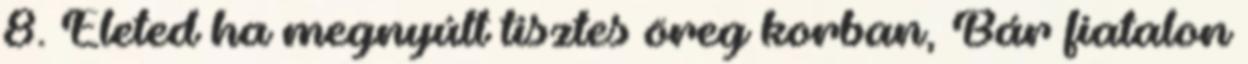
8. Életed ha megnyúlt tisztes öreg korban, Bár fiatalon